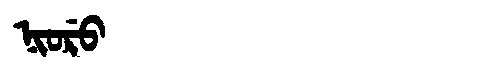
Manchu: ᠨᡳᠣᡵᡠ
Romanization: NIORU